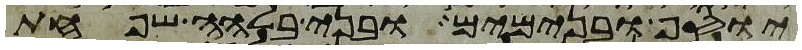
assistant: יוסף ובנימים ובני בלהה שפחת